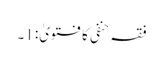
فقہ حنفی کا فتویٰ: 1۔